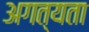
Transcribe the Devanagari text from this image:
अगत्यता